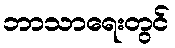
ဘာသာရေးတွင်